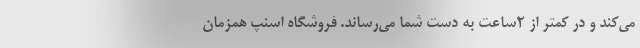
می‌کند و در کمتر از ۲ساعت به دست شما می‌رساند. فروشگاه اسنپ همزمان